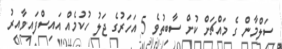
ސަލްމާން ގެ މައްޗަށް ކުށް ސާބިތުވެ 5 އަހަރުގެ ޖަލު ހުކުމެއް އައިސްފައިވާއިރު